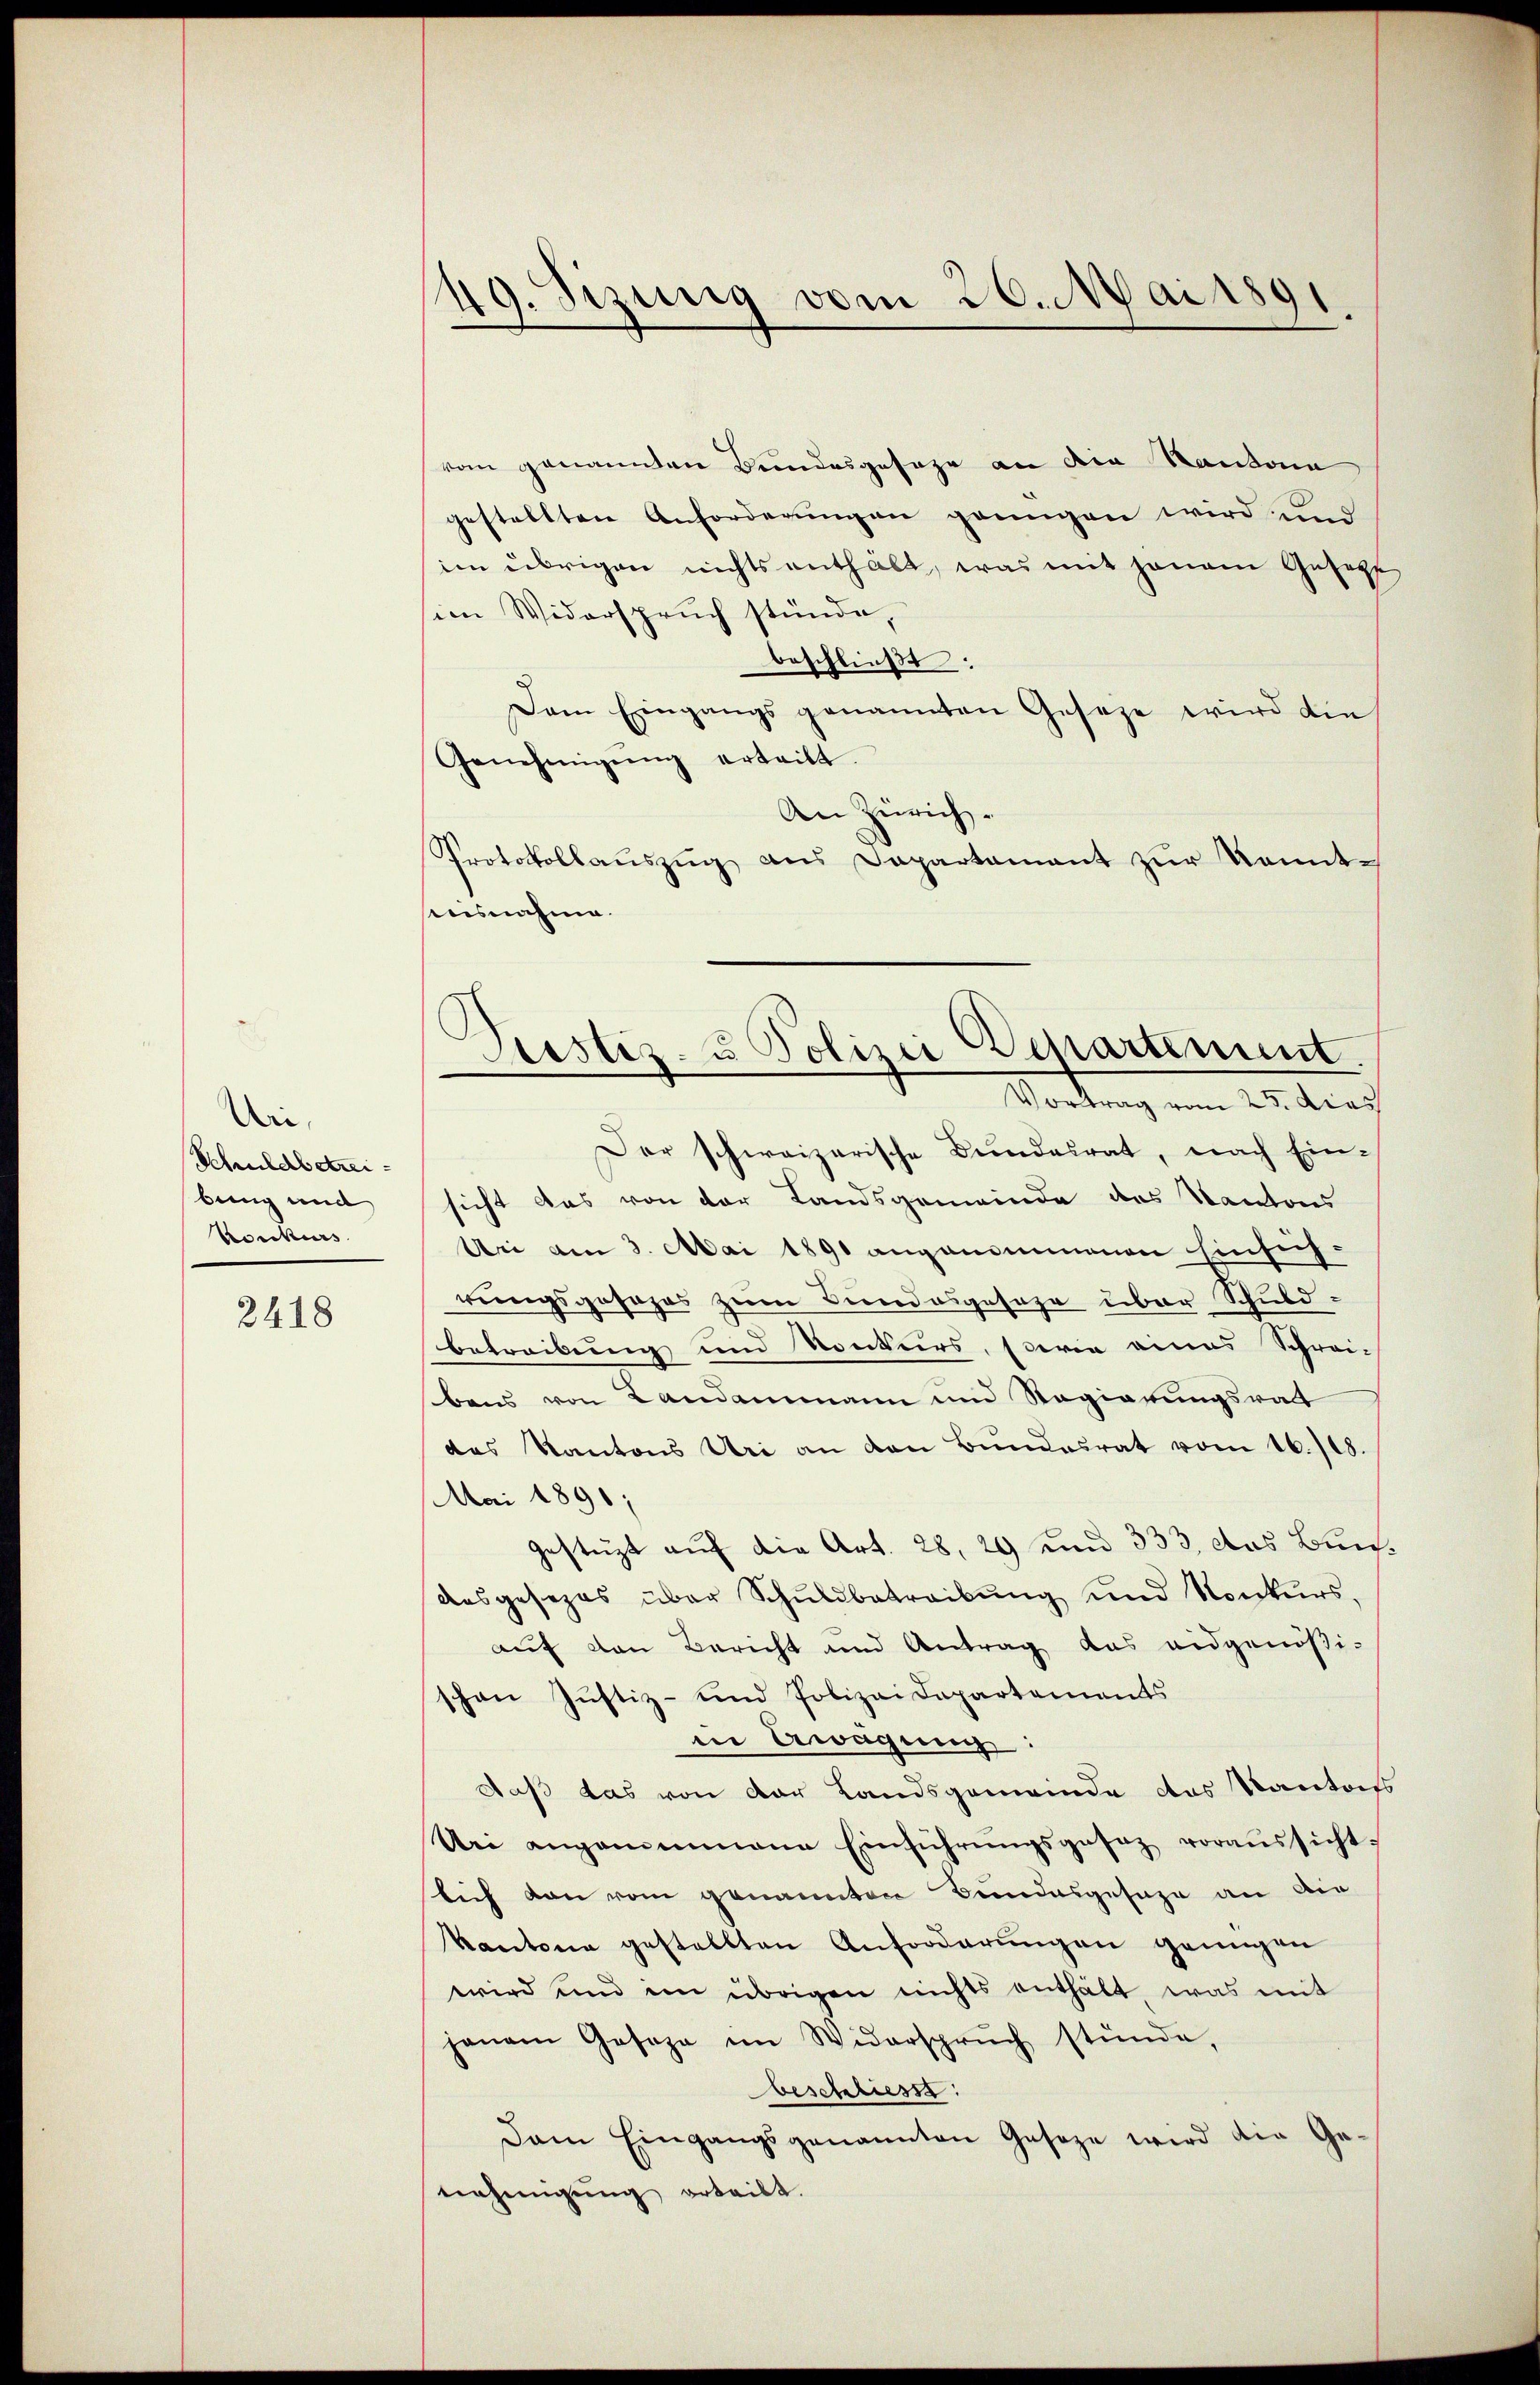
An
Schuldbetreibung und
Boeckers

2418

49. Sizung vom 26. Mai 1891

vom genannten Bundesgesage an die Kantona
gestellten Anforderungen genügen wird und
im übrigen nichts enthält, was mit jenem Geset
in Widerspruch stünde,
beschließt:
Dem Eingangs genannten Geseze wird die
Genehmigŭng ertritt.
An Zürich¬
Protokollaŭszŭg aŭs Dapartamant zŭr Kenntausnahme.
Vortrag vom 25. dies
Der schweizerische Bundesrat, nach Ein-
sicht das von der Landsgemeinde des Kantons
Uri am 3. Mai 1891 angenommenen Einsich-
rungsgesages zum Bundesgesage über Schuld-
betreibung und Konkurs, sowie eines Schrei-
bens von Landammann und Regierungsrat
des Kantons Uri an den Bŭndesrat vom 16./18.
Mai 1890;
gestüzt auf die Art. 28, 29 und 333, das Bun
desgesezes über Schuldbetreibung und Konkurs,
auf den Bericht und Antrag das eidgenößischon Justiz- und Polizei Departements
in Gwagung:
daß das von der Landsgemeinde das Kantofs
Uri angenommene Einführŭngsgesez voraŭssicht-
lich von vom genannten Bundesgesage an die
Kantone gestellten Anforderŭngen genügen
wird und im übrigen nichts enthält, was mit
jenem Geseze im Widerspruch stünde,
beschliess
Dam Eingangsgenannten Geseze wird die Ge-
nehmigung erteilt.

Justiz- u Polizei Departement.